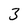
Character: 3